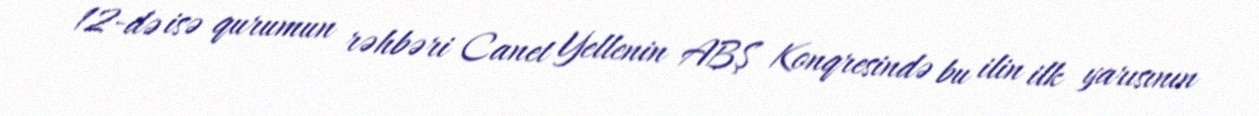
12-də isə qurumun rəhbəri Canet Yellenin ABŞ Konqresində bu ilin ilk yarısının